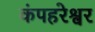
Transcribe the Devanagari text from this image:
कंपहरेश्वर